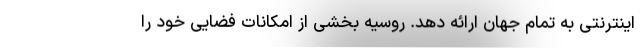
اینترنتی به تمام جهان ارائه دهد. روسیه بخشی از امکانات فضایی خود را